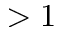
> 1